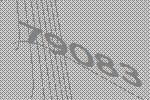
79083